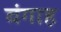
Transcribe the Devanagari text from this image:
बंगाह